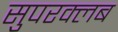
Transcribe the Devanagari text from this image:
सुपरक्लब